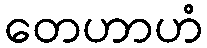
တေဟာဟံ